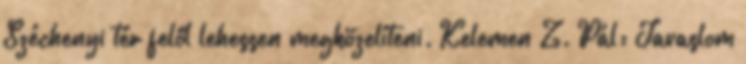
Széchenyi tér felől lehessen megközelíteni. Kelemen Z. Pál: Javaslom